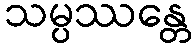
သမ္ပဿန္တေ